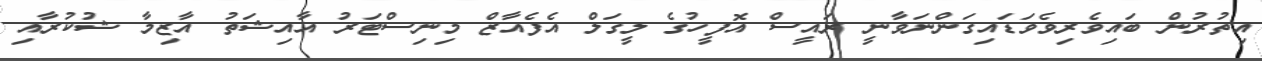
އިތުރުން ބައިވެރިވެވަޑައިގަންނަވާނީ ރައީސް އޮފީހުގެ ލީގަލް އެފެއާޒް މިނިސްޓަރު އާއިޝަތު އާޒިމާ ޝުކުރާއި